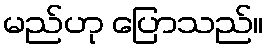
မည်ဟု ပြောသည်။